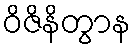
ဝိဇိနိတွာန